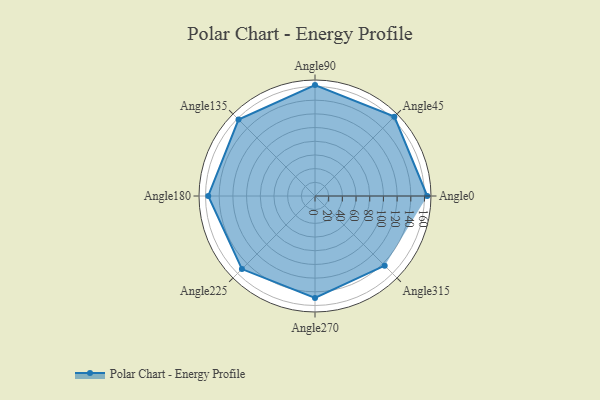
{"axis": {"x": "Angle", "y": "Radius"}, "legend": [""], "data": [{"x": "Angle0", "y": 164.0, "type": ""}, {"x": "Angle45", "y": 164.0, "type": ""}, {"x": "Angle90", "y": 162.0, "type": ""}, {"x": "Angle135", "y": 158.0, "type": ""}, {"x": "Angle180", "y": 156.0, "type": ""}, {"x": "Angle225", "y": 151.0, "type": ""}, {"x": "Angle270", "y": 149.0, "type": ""}, {"x": "Angle315", "y": 144.0, "type": ""}]}